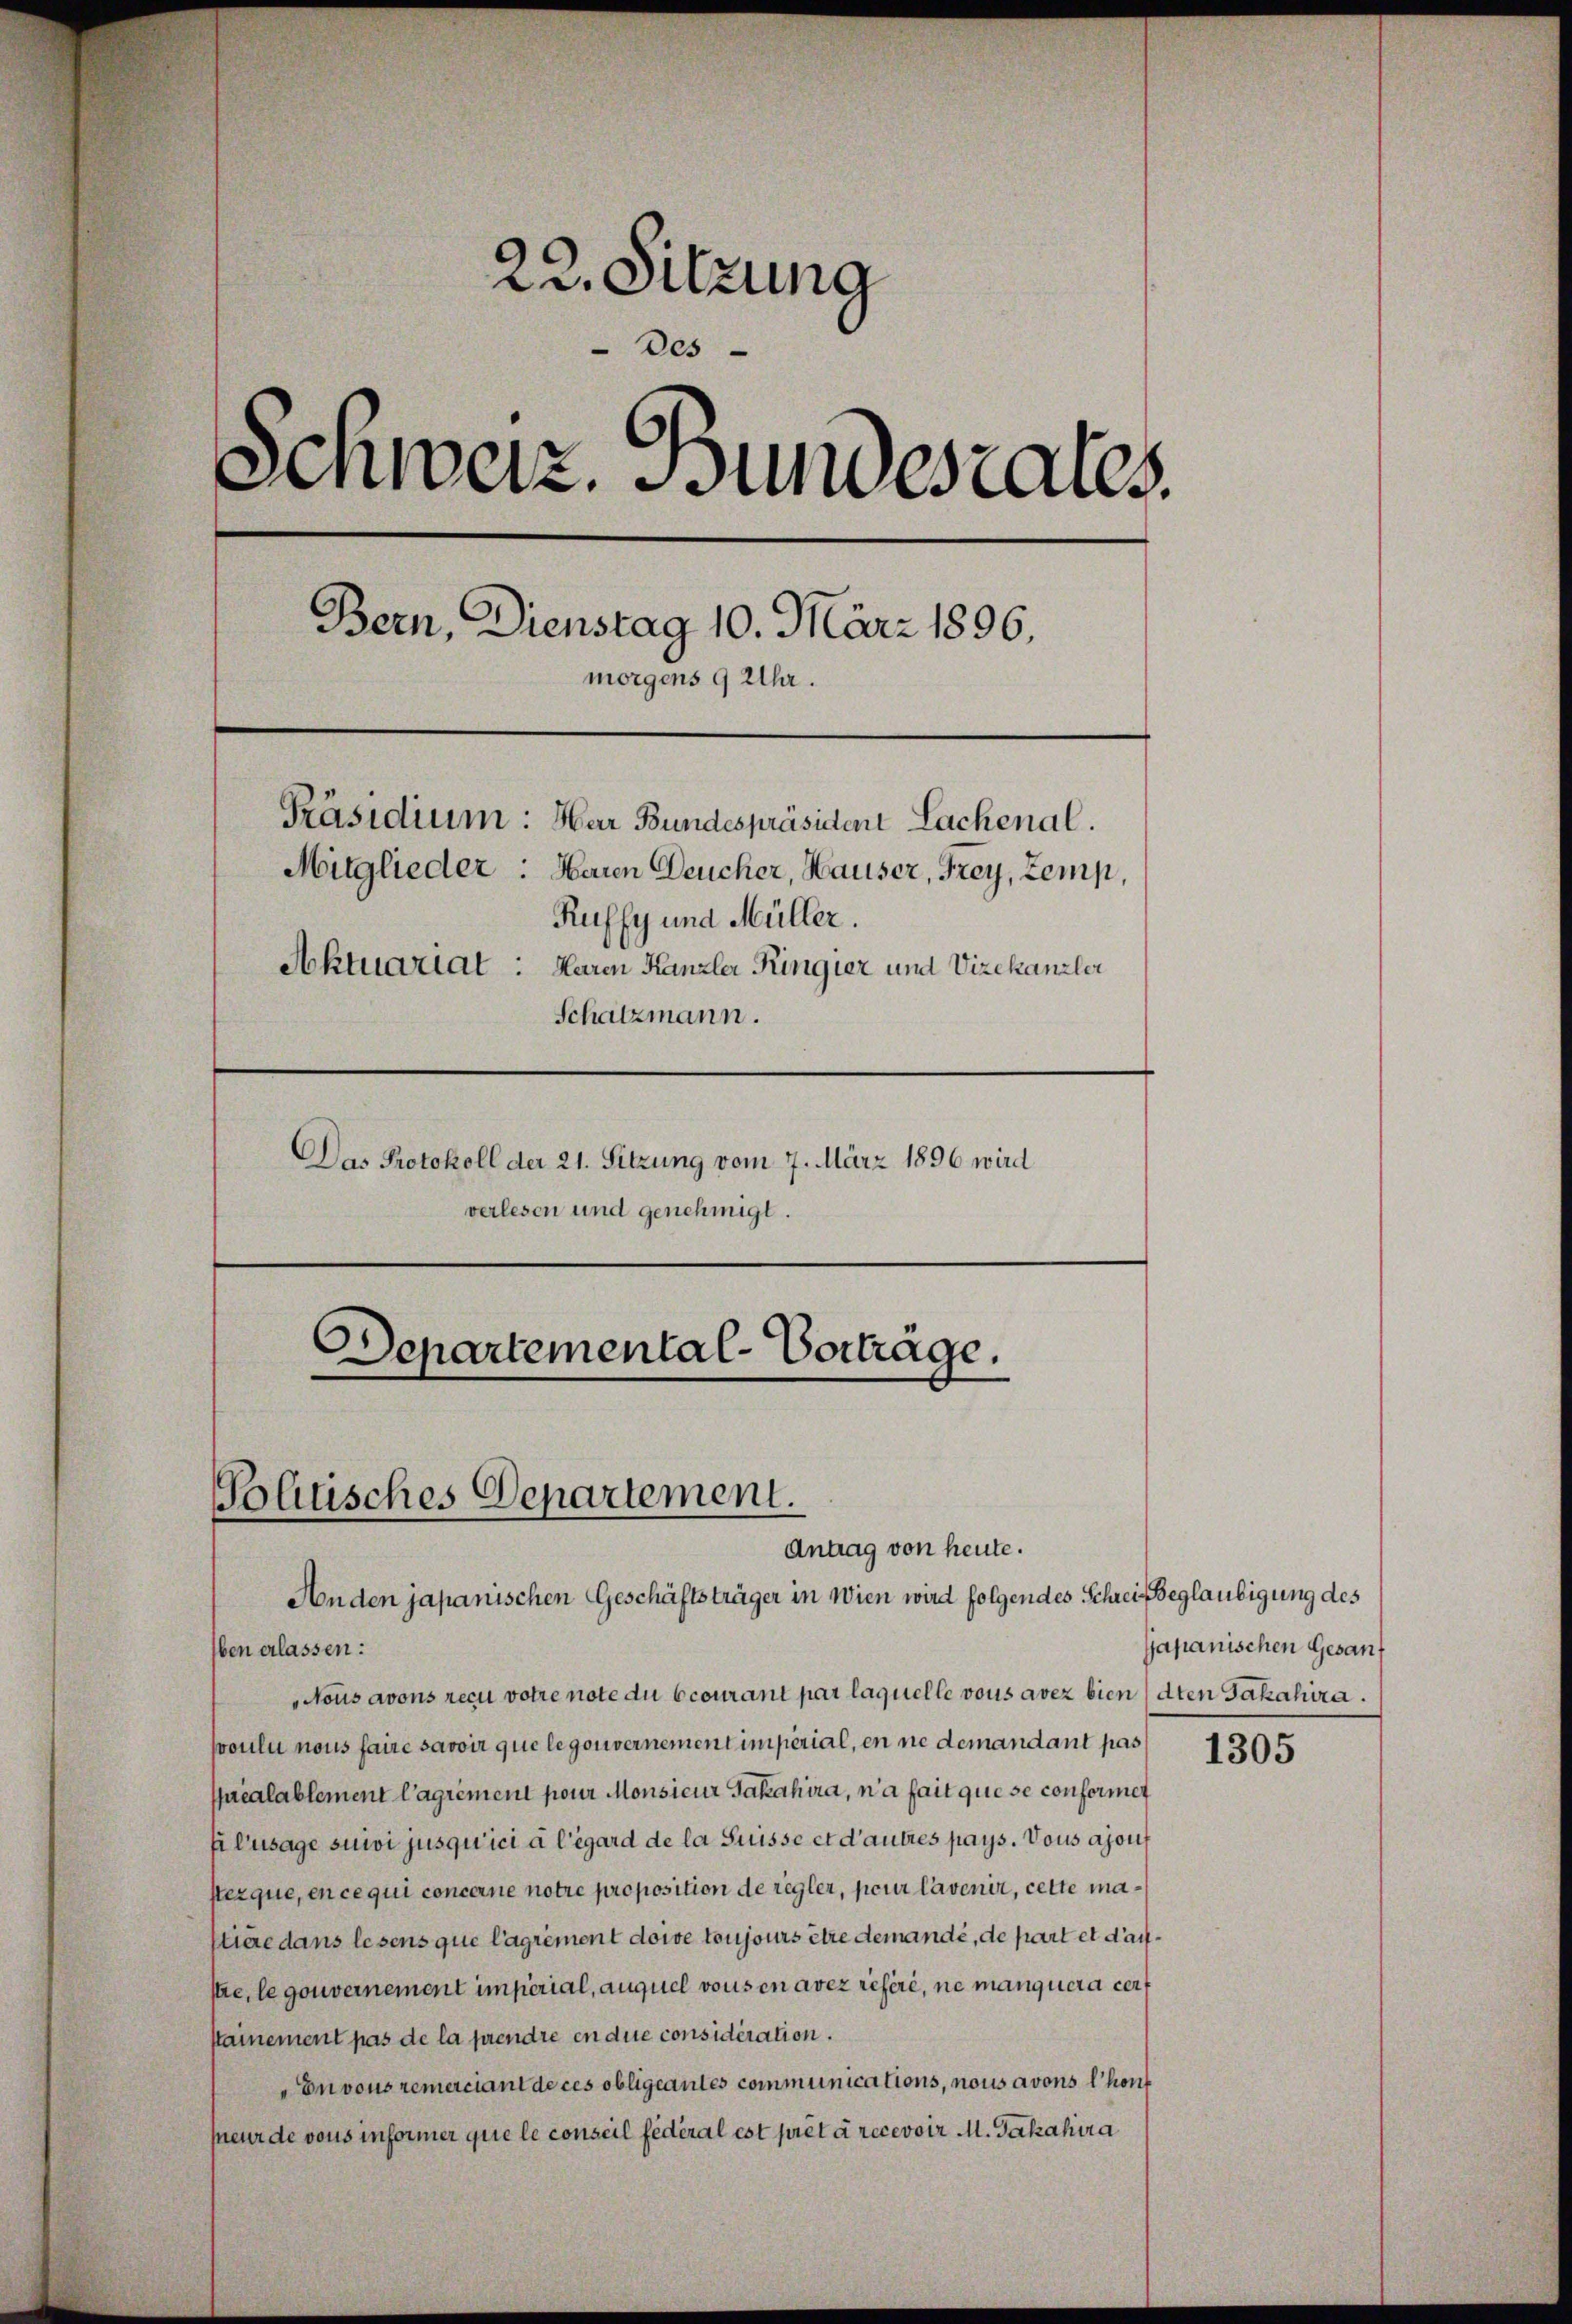
Departemental-Vorträge.

22. Sitzung
Des
Schweiz. Bundesrates.
Bern, Dienstag 10. März 1896,
morgens 9 Uhr.
Präsidium: Har Bundespräsident Lachenal.
Mitglieder: Haren Deucher, Hauser, Frey, Zemp,
Ruffy und Müller.
Aktuariat : Haren Kanzler Ringier und Vizekanzler
Schatzmann.
Das Protokoll der 21. Sitzung vom 7. März 1896 wird
verlesen und genehmigt.

Politisches Departement.
Antrag von heute.

Anden japanischen Geschäftsträger in Wien wird folgendes Schreif Beglaubigung des
ben erlassen:
Nous avons recu votre note du courant par laquelle vous avez bien (dten Jakahira.
poulu nous faire savoir que legouvernement imperial, en ne demandant pas
préalablement l’agrément pour Monsieur Jakahira, n’a fait que se conformet
fi l’usage suivi jusqu’ici à l’égard de la Suisse et d’autres pays. Vous ajout
sterque, en ce qui concerne notre proposition de regler, pour lavenir, cette matiere dans lesens que lagrément doive toujours être demandé, de part et darstre, le gouvernement imperial, auquel vous in aver referi, ne manquera cert
stainement pas de la prendre in die considération.
Envous remerciant de ces obligeantes communications, nous avons l’hont
peurde vons informer que le conseil fédéral est prét à recevoir M. Jakahira

japanischen Gesanf

1305